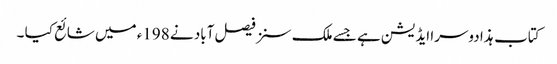
کتاب ہذا دوسرا ایڈیشن ہے جسے ملک سنز فیصل آباد نے 198ء میں شائع کیا ۔